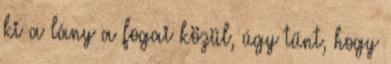
ki a lány a fogai közül, úgy tűnt, hogy